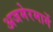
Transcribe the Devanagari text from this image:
अजमेरमार्गे